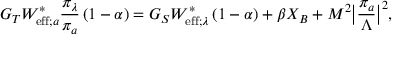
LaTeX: G _ { T } W _ { \mathrm { e f f } ; a } ^ { \ast } \frac { \pi _ { \lambda } } { \pi _ { a } } \left( 1 - \alpha \right) = G _ { S } W _ { \mathrm { e f f } ; \lambda } ^ { \ast } \left( 1 - \alpha \right) + \beta X _ { B } + M ^ { 2 } \big | \frac { \pi _ { a } } { \Lambda } \big | ^ { 2 } ,